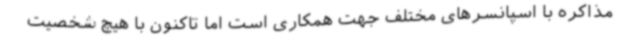
مذاکره با اسپانسرهای مختلف جهت همکاری‌ است اما تاکنون با هیچ شخصیت